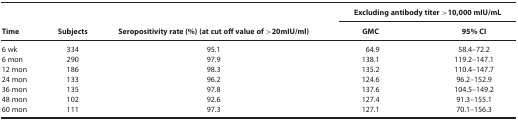
|  |  |  | <COLSPAN=2> Excluding antibody titer >10,000 mIU/mL |
 | Time | Subjects | Seropositivity rate (%) (at cut off value of >20mIU/ml) | GMC | 95% CI |
 | --- | --- | --- | --- | --- |
 | 6 wk | 334 | 95.1 | 64.9 | 58.4–72.2 |
 | 6 mon | 290 | 97.9 | 138.1 | 119.2–147.1 |
 | 12 mon | 186 | 98.3 | 135.2 | 110.4–147.7 |
 | 24 mon | 133 | 96.2 | 124.6 | 96.2–152.9 |
 | 36 mon | 135 | 97.8 | 137.6 | 104.5–149.2 |
 | 48 mon | 102 | 92.6 | 127.4 | 91.3–155.1 |
 | 60 mon | 111 | 97.3 | 127.1 | 70.1–156.3 |